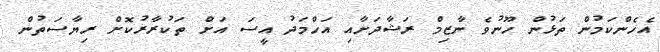
އެހެންކަމުން ތަޅުން ހޫނުވެ ނާޒިމް ރަޝާދަށާއި އަހްމަދު އީސަ އަށް ތަކުރާރުކޮށް ރިޔާސަތުން